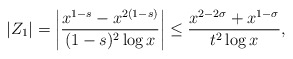
\begin{align*} |Z_1| &= \left| \frac{x^{1-s}-x^{2(1-s)}}{(1-s)^2\log x} \right| \leq \frac{x^{2-2\sigma} + x^{1-\sigma}}{t^2 \log x}, \end{align*}